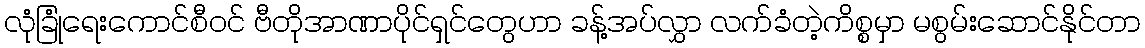
လုံခြုံရေးကောင်စီဝင် ဗီတိုအာဏာပိုင်ရှင်တွေဟာ ခန့်အပ်လွှာ လက်ခံတဲ့ကိစ္စမှာ မစွမ်းဆောင်နိုင်တာ